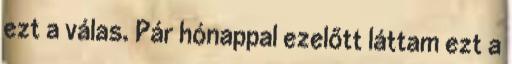
ezt a válas. Pár hónappal ezelőtt láttam ezt a